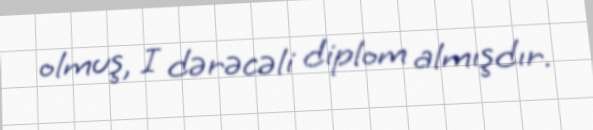
olmuş, I dərəcəli diplom almışdır.